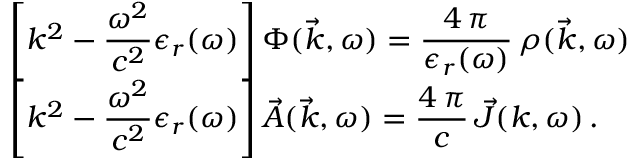
\begin{array} { l } { \displaystyle \left[ k ^ { 2 } - \frac { \omega ^ { 2 } } { c ^ { 2 } } \epsilon _ { r } ( \omega ) \right] \Phi ( \vec { k } , \omega ) = \frac { 4 \, \pi } { \epsilon _ { r } ( \omega ) } \, \rho ( \vec { k } , \omega ) } \\ { \displaystyle \left[ k ^ { 2 } - \frac { \omega ^ { 2 } } { c ^ { 2 } } \epsilon _ { r } ( \omega ) \right] \vec { A } ( \vec { k } , \omega ) = \frac { 4 \, \pi } { c } \, \vec { J } ( k , \omega ) \, . } \end{array}